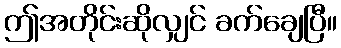
ဤအတိုင်းဆိုလျှင် ခက်ချေပြီ။